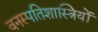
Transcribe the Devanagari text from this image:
वनस्‍पतिशास्‍त्रियों